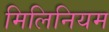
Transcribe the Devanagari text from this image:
मिलिनियम